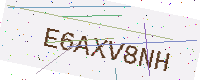
Text: E6AXV8NH